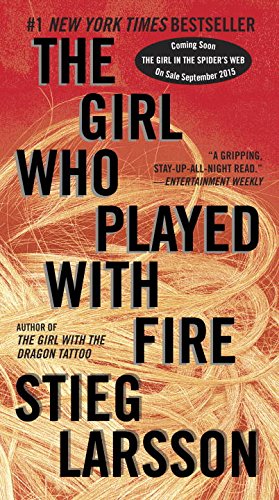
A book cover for The Girl Who Played with Fire (Millennium Series); Stieg Larsson; Mystery, Thriller & Suspense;